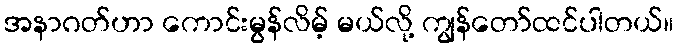
အနာဂတ်ဟာ ကောင်းမွန်လိမ့် မယ်လို့ ကျွန်တော်ထင်ပါတယ်။